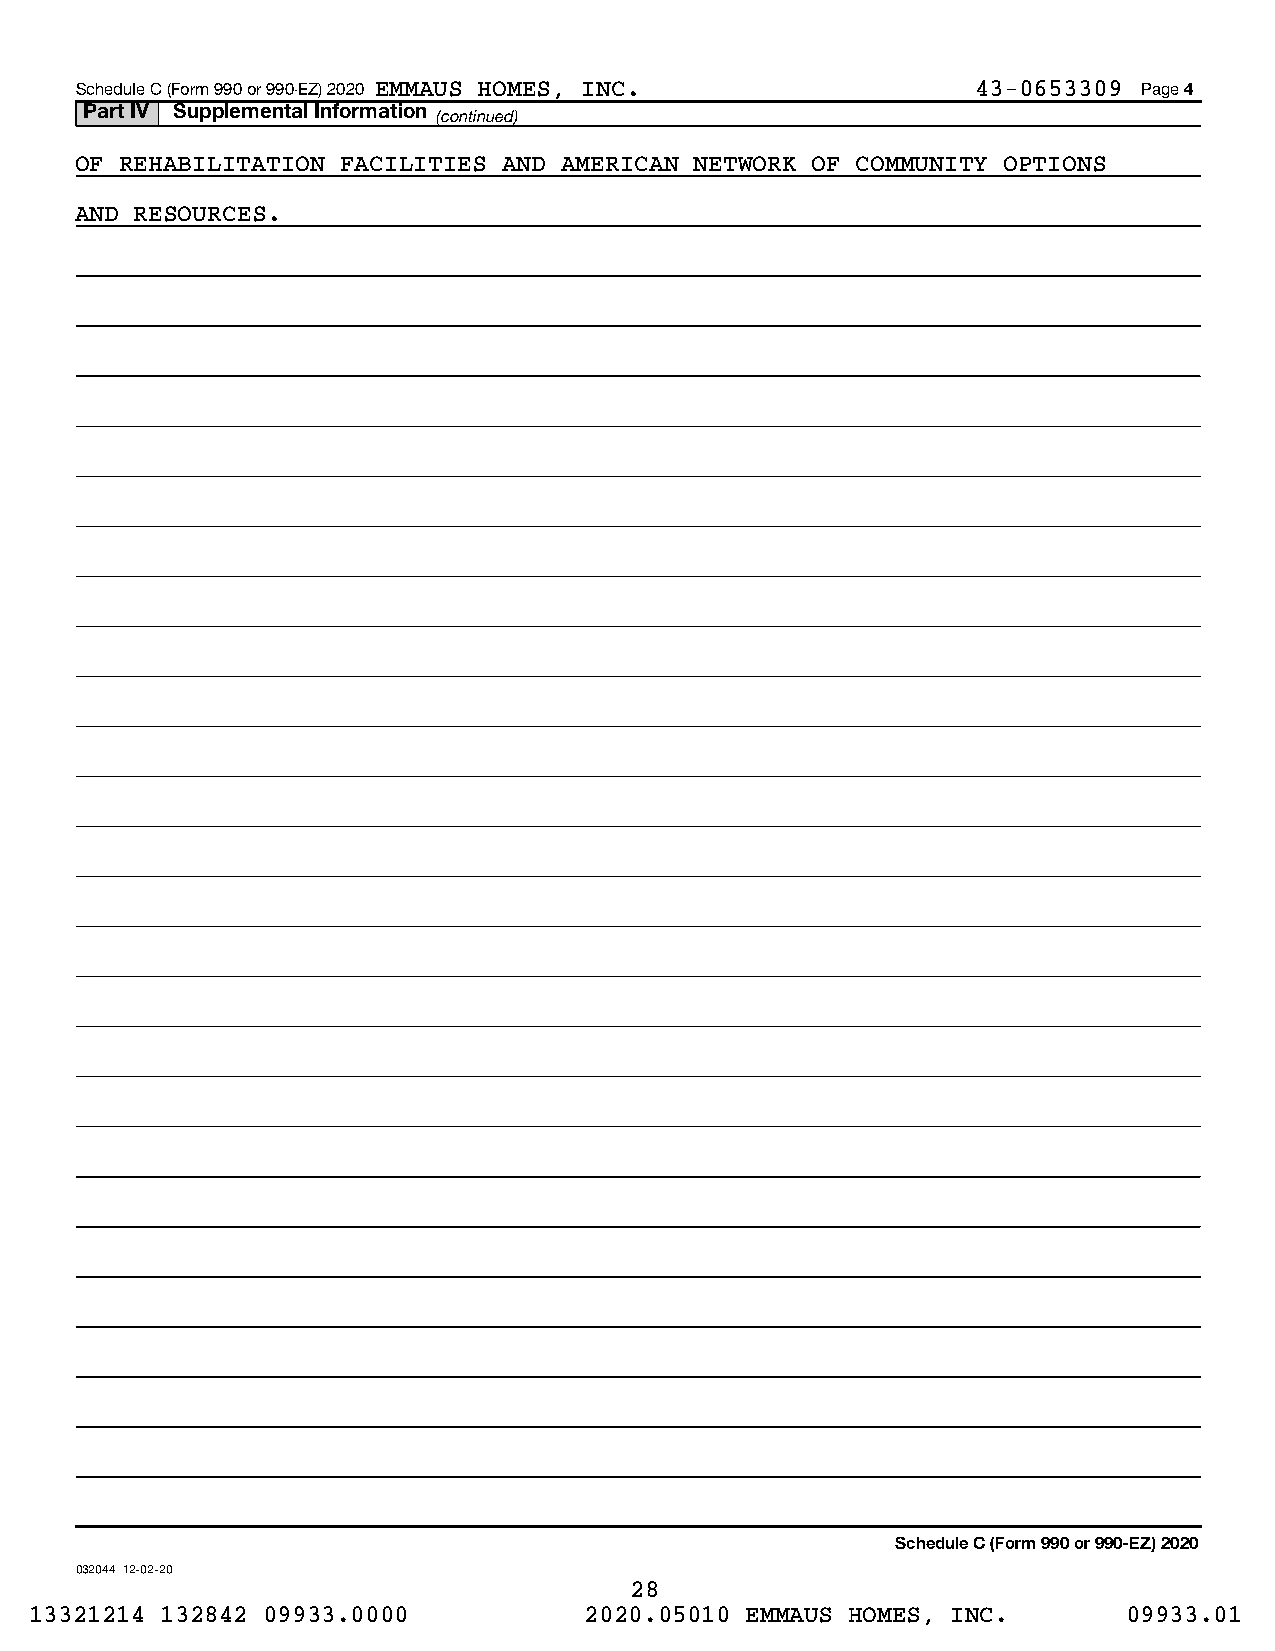
Schedule C (Form 990 or 990-EZ) 2020 EMMAUS HOMES, INC.     43-0653309 Page 4
 Part IV Supplemental Information
 (continued)
 OF REHABILITATION FACILITIES AND AMERICAN NETWORK OF COMMUNITY OPTIONS
 AND RESOURCES.
 Schedule C (Form 990 or 990-EZ) 2020
 032044 12-02-20
 28
 13321214 132842 09933.0000           2020.05010 EMMAUS HOMES, INC.       09933.01